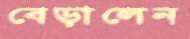
বেড়ালেন